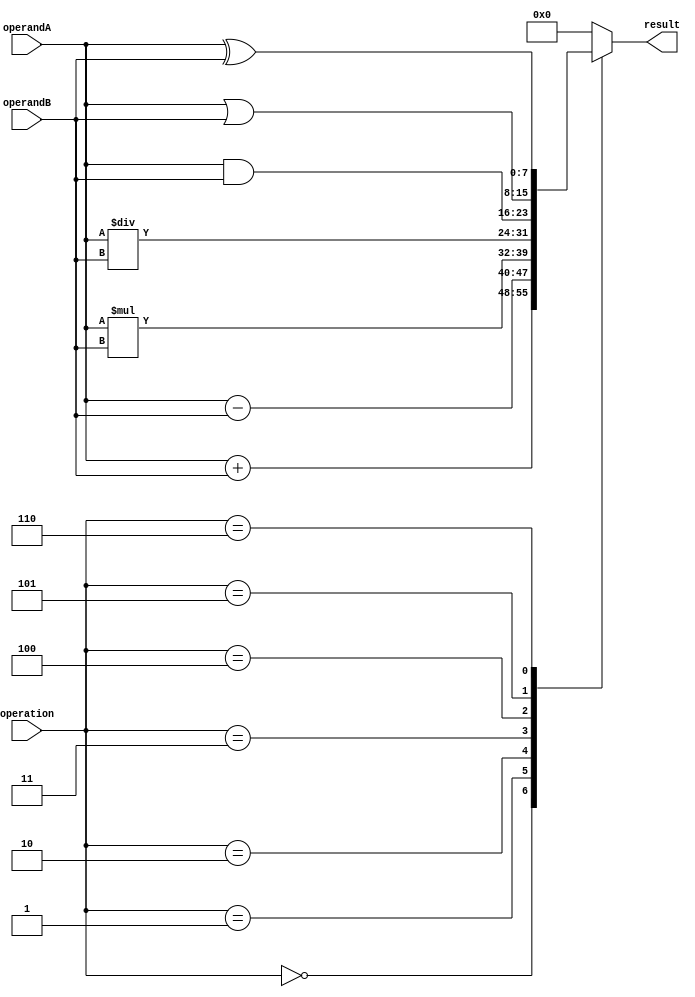
module ALU (
    input [7:0] operandA,
    input [7:0] operandB,
    input [2:0] operation,
    output reg [7:0] result
);

always @(*) begin
    case(operation)
        3'b000: result = operandA + operandB; // addition
        3'b001: result = operandA - operandB; // subtraction
        3'b010: result = operandA * operandB; // multiplication
        3'b011: result = operandA / operandB; // division
        3'b100: result = operandA & operandB; // bitwise AND
        3'b101: result = operandA | operandB; // bitwise OR
        3'b110: result = operandA ^ operandB; // bitwise XOR
        default: result = 8'b00000000; // default value
    endcase
end

endmodule